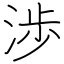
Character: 渉